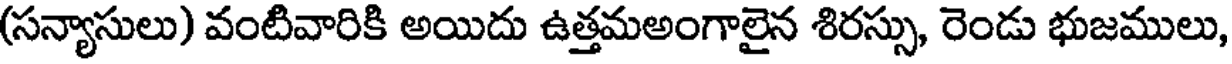
(సన్యాసులు) వంటివారికి అయిదు ఉత్తమఅంగాలైన శిరస్సు, రెండు భుజములు,